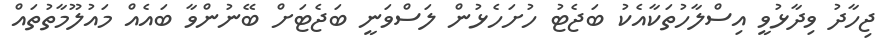
ޖިހާދު ވިދާޅުވީ އިސްލާހުތަކާއެކު ބަޖެޓު ހުށަހެޅުން ލަސްވަނީ ބަޖެޓަށް ބޭނުންވާ ބައެއް މައުލޫމާތުތައް